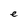
Character: e